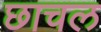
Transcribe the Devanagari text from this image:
छाचल